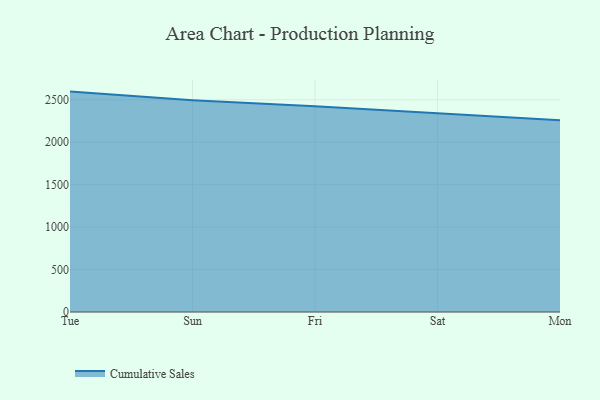
{"axis": {"x": "Day", "y": "Headcount"}, "legend": ["Cumulative Sales"], "data": [{"x": "Tue", "y": 2596.4, "type": "Cumulative Sales"}, {"x": "Sun", "y": 2494.3, "type": "Cumulative Sales"}, {"x": "Fri", "y": 2423.1, "type": "Cumulative Sales"}, {"x": "Sat", "y": 2337.8, "type": "Cumulative Sales"}, {"x": "Mon", "y": 2259.5, "type": "Cumulative Sales"}]}